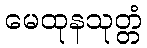
မေထုနသုတ္တံ